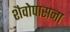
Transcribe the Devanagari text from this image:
शैवोपासना